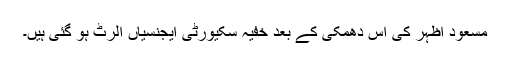
مسعود اظہر کی اس دھمکی کے بعد خفیہ سکیورٹی ایجنسیاں الرٹ ہو گئی ہیں۔